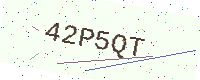
Text: 42P5QT